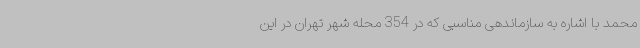
محمد با اشاره به سازماندهی مناسبی که در 354 محله شهر تهران در این